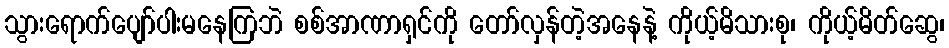
သွားရောက်ပျော်ပါးမနေကြဘဲ စစ်အာဏာရှင်ကို တော်လှန်တဲ့အနေနဲ့ ကိုယ့်မိသားစု၊ ကိုယ့်မိတ်ဆွေ၊